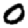
Digit: 0